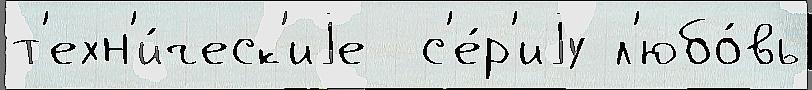
т'ехн'и́ческ'иjе  с'е́р'иjу л'юбо́вь